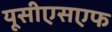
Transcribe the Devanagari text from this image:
यूसीएसएफ